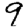
Digit: 9